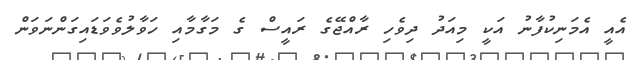
އެއީ އެމަނިކުފާނު އަކީ މިއަދު ދިވެހި ރާއްޖޭގެ ރައީސް ގެ މަގާމާއި ހަވާލުވެވަޑައިގަންނަވަން